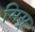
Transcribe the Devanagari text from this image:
मिस्र्